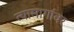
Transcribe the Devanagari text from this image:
त्यामार्गावर